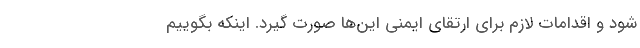
شود و اقدامات لازم برای ارتقای ایمنی‌ این‌ها صورت گیرد. اینکه بگوییم